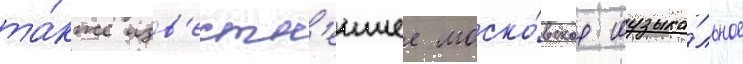
та́кже изв'естн'еишее моско́вское музыка́льное